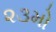
૨૩મો